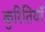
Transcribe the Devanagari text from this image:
कुरितियाँ